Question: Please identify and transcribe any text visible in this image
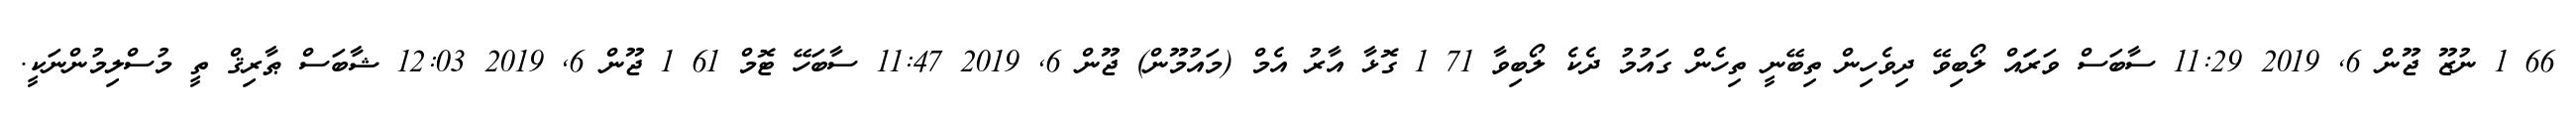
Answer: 66 1 ނުޒޫ ޖޫން 6, 2019 11:29 ސާބަސް ވަރަައް ލޯބިވޭ ދިވެހިން ތިބޭނީ ތިހެން ގައުމު ދެކެ ލޯބިވާ 71 1 ގޮޅާ އާރު އެމް (މައުމޫން) ޖޫން 6, 2019 11:47 ސާބަހޭ ޓޮމް 61 1 ޖޫން 6, 2019 12:03 ޝާބަސް ޠާރިޤް ތީ މުސްލިމުންނަކީ.